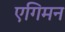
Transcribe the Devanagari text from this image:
एगिमन